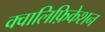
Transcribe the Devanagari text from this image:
क्वालिफ़िकेशन